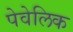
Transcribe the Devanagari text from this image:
पेवेलिक